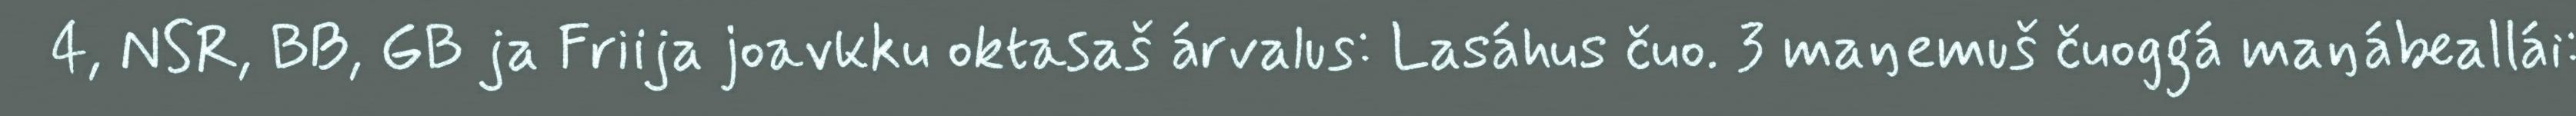
4, NSR, BB, GB ja Friija joavkku oktasaš árvalus: Lasáhus čuo. 3 maŋemuš čuoggá maŋábeallái: